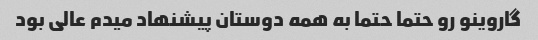
گاروینو رو حتما حتما به همه دوستان پیشنهاد میدم عالی بود